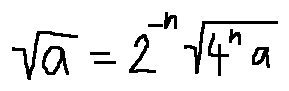
\sqrt { a } = 2 ^ { - n } \sqrt { 4 ^ { n } a }